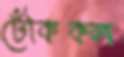
ঢেঁকিকল